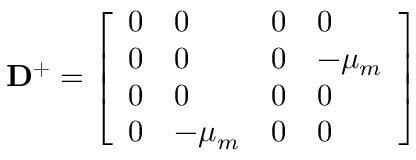
\mathbf { D } ^ { + } = \left[ \begin{array} { l l l l } { 0 } & { 0 } & { 0 } & { 0 } \\ { 0 } & { 0 } & { 0 } & { - \mu _ { m } } \\ { 0 } & { 0 } & { 0 } & { 0 } \\ { 0 } & { - \mu _ { m } } & { 0 } & { 0 } \end{array} \right]